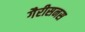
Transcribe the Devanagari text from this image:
गैरीसनस